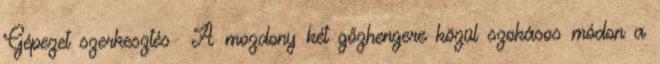
Gépezet szerkesztés A mozdony két gőzhengere közül szokásos módon a